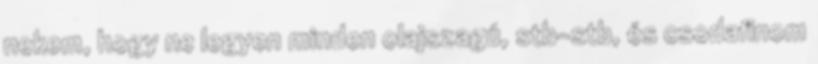
nekem, hogy ne legyen minden olajszagú, stb-stb, és csodafinom